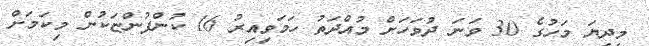
މިދިޔަ މަހުގެ 30 ވަނަ ދުވަހަށް މުއްދަތު ހަަމަވިއިރު 16 ކުންފުންޏަކުން މިކަމަށް